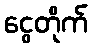
ငွေတိုက်